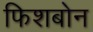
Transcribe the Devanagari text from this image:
फिशबोन